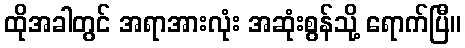
ထိုအခါတွင် အရာအားလုံး အဆုံးစွန်သို့ ရောက်ပြီ။